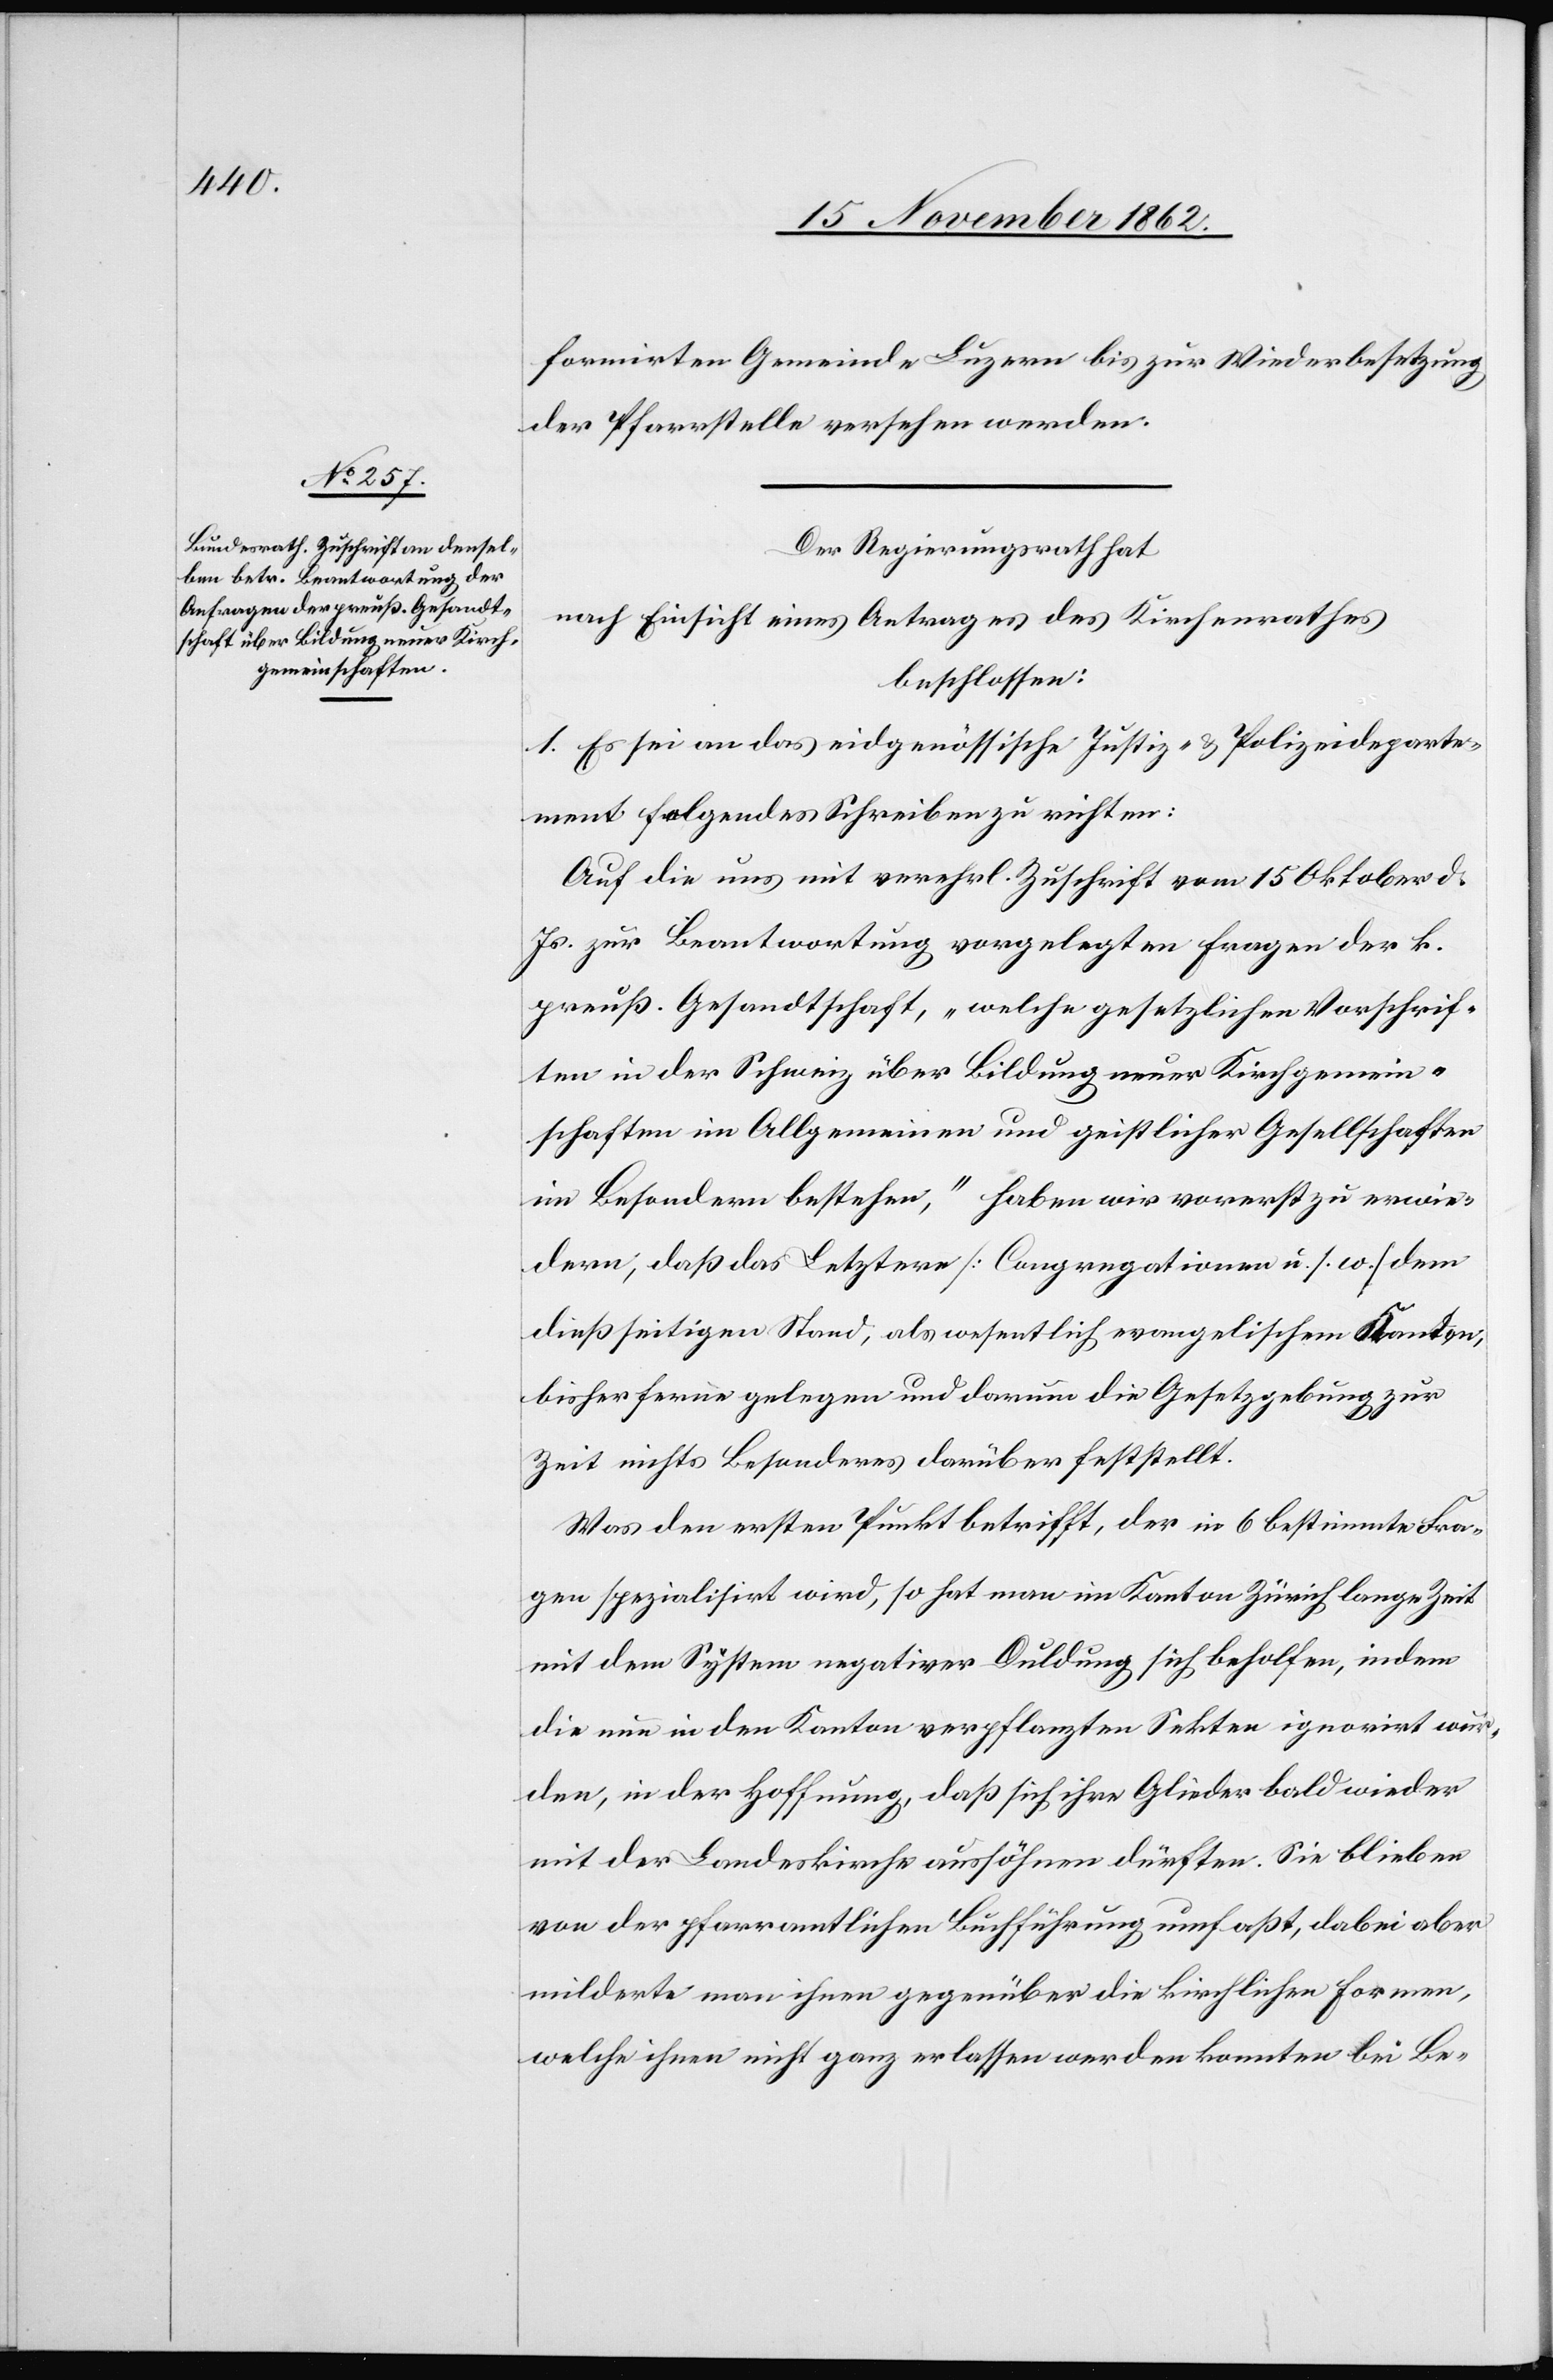
formirten Gemeinde Luzern bis zur Wiederbesetzung
der Pfarrstelle versehen werden.
Der Regierungsrath hat
nach Einsicht eines Antrages des Kirchenrathes
beschlossen:
1. Es sei an das eidgenössische Justiz- u. Polizeideparte¬
ment folgendes Schreiben zu richten:
Auf die uns mit verehrl. Zuschrift vom 15. Oktober d.
Js. zur Beantwortung vorgelegten Fragen der k.
preuß. Gesandtschaft, „welche gesetzlichen Vorschrif¬
ten in der Schweiz über Bildung neuer Kirchgemein¬
schaften im Allgemeinen und geistlicher Gesellschaften
im Besondern bestehen,“ haben wir vorerst zu erwie¬
dern, daß das Letztere [Congregationen u. s. w.] dem
dießseitigen Stand, als wesentlich evangelischem Kanton,
bisher ferner gelegen und darum die Gesetzgebung zur
Zeit nichts besonderes darüber feststellt.
Was den ersten Punkt betrifft, der in 6 bestimmte Fra¬
gen spezialisirt wird, so hat man im Kanton Zürich lange Zeit
mit dem System negativer Duldung sich beholfen, indem
die nun in den Kanton verpflanzten Sekten ignorirt wur¬
den, in der Hoffnung, daß sich ihre Glieder bald wieder
mit der Landeskirche aussöhnen dürften. Sie blieben
von der pfarramtlichen Buchführung umfaßt, dabei aber
milderte man ihnen gegenüber die kirchlichen Formen,
welche ihnen nicht ganz erlassen werden konnten bei Be-